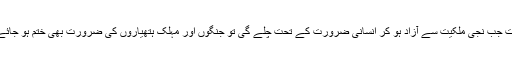
معیشت جب نجی ملکیت سے آزاد ہو کر انسانی ضرورت کے تحت چلے گی تو جنگوں اور مہلک ہتھیاروں کی ضرورت بھی ختم ہو جائے گی۔